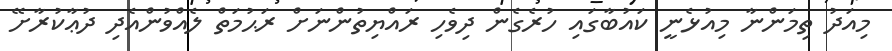
މިއަދު ތިމަންނާ މިއުޅެނީ ކައުބާގައި ހުރެގެން ދިވެހި ރައްޔިތުންނަށް ރަޙުމަތް ލެއްވުންއެދި ދުޢާކުރާށޭ